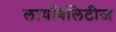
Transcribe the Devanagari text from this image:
लायबिलिटीज